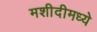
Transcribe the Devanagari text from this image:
मशीदीमध्ये